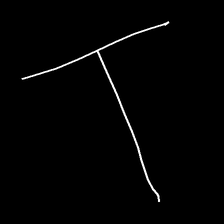
Glyph: column